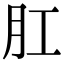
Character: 肛